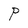
Character: P